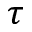
\tau